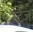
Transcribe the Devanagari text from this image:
स्टैज